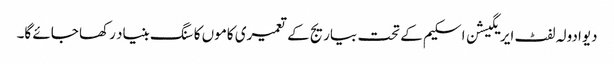
دیوادولہ لفٹ ایریگیشن اسکیم کے تحت بیاریج کے تعمیری کاموں کا سنگ بنیاد رکھا جائے گا۔